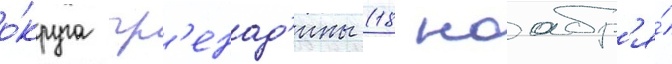
о́круга гр'енад'ины (18 ноабр'я́